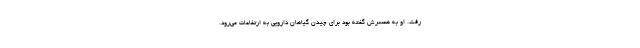
رفت. او به همسرش گفته بود برای چیدن گیاهان دارویی به ارتفاعات می‌رود.